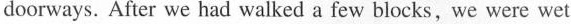
doorways. After we had walked a few blocks, we were wet